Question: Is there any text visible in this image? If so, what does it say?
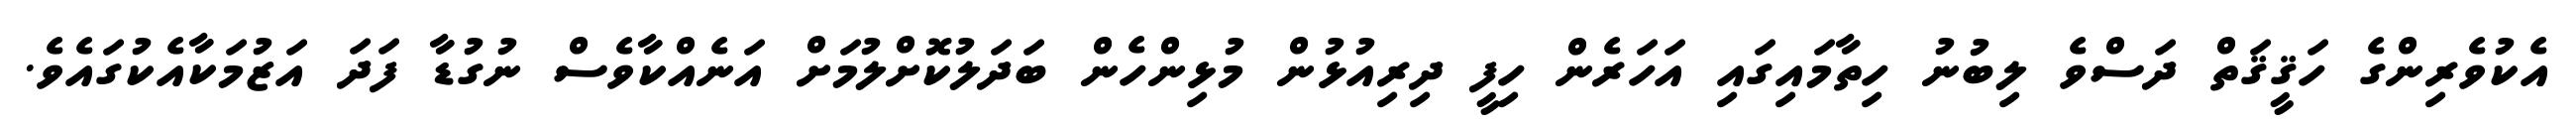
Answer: އެކުވެރިންގެ ހަޤީޤަތް ދަސްވެ ލިބުނު ހިތާމައިގައި އަހަރެން ހިފީ ދިރިއުޅުން މުޅިންހެން ބަދަލުކޮށްލުމަށް އަނެއްކާވެސް ނުގުޑާ ފަދަ އަޒުމަކާއެކުގައެވެ.